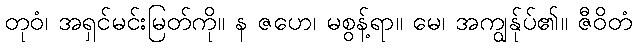
တုဝံ၊ အရှင်မင်းမြတ်ကို။ န ဇဟေ၊ မစွန့်ရာ။ မေ၊ အကျွန်ုပ်၏။ ဇီဝိတံ